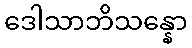
ဒေါသာဘိသန္နော